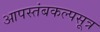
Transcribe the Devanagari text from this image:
आपस्तंबकल्पसूत्र